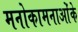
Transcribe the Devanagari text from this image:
मनोकामनाओंके